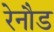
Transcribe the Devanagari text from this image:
रेनौड